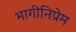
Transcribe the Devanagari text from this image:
भागीनिप्रेम